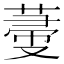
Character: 𦵲